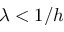
\lambda < 1 / h